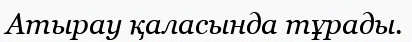
Атырау қаласында тұрады.